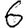
Digit: 6